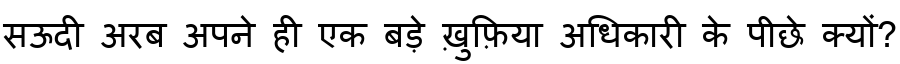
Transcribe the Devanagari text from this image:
सऊदी अरब अपने ही एक बड़े ख़ुफ़िया अधिकारी के पीछे क्यों?